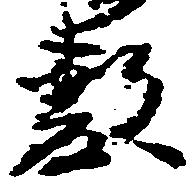
敷